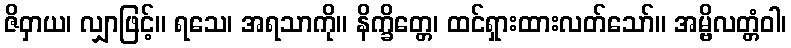
ဇိဝှာယ၊ လျှာဖြင့်။ ရသေ၊ အရသာကို။ နိက္ခိတ္တေ၊ ထင်ရှားထားလတ်သော်။ အမ္ဗိလတ္တံဝါ၊